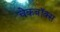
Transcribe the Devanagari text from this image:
चेकबॉक्स